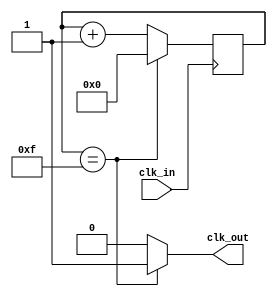
`timescale 1ns / 1ps
//////////////////////////////////////////////////////////////////////////////////
// Company: 
// Engineer: 
// 
// Design Name: 
// Module Name: divider_leg
// Project Name: 
// Target Devices: 
// Tool Versions: 
// Description: 
// 
// Dependencies: 
// 
// Revision:
// Revision 0.01 - File Created
// Additional Comments:
// 
//////////////////////////////////////////////////////////////////////////////////


module divider_leg(
    input clk_in,
    output clk_out
    );
    reg elapsed;
    reg [4:0] state;
    
    always @(posedge clk_in)
        if (state == 15) state <= 0;
        else state <= state + 1;
    always @(state)
        if (state == 15) elapsed <= 1;
        else elapsed <= 0;
        
    assign clk_out = elapsed;
endmodule